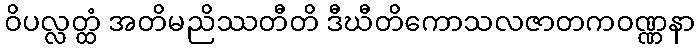
ဝိပလ္လတ္ထံ အတိမညိဿတီတိ ဒီဃီတိကောသလဇာတကဝဏ္ဏနာ